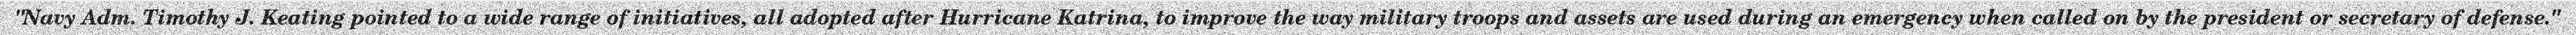
"Navy Adm. Timothy J. Keating pointed to a wide range of initiatives, all adopted after Hurricane Katrina, to improve the way military troops and assets are used during an emergency when called on by the president or secretary of defense."